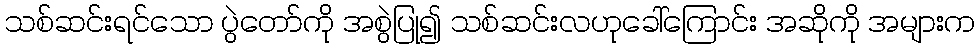
သစ်ဆင်းရင်သော ပွဲတော်ကို အစွဲပြု၍ သစ်ဆင်းလဟုခေါ်ကြောင်း အဆိုကို အများက